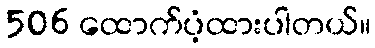
506 ထောက်ပံ့ထားပါတယ်။